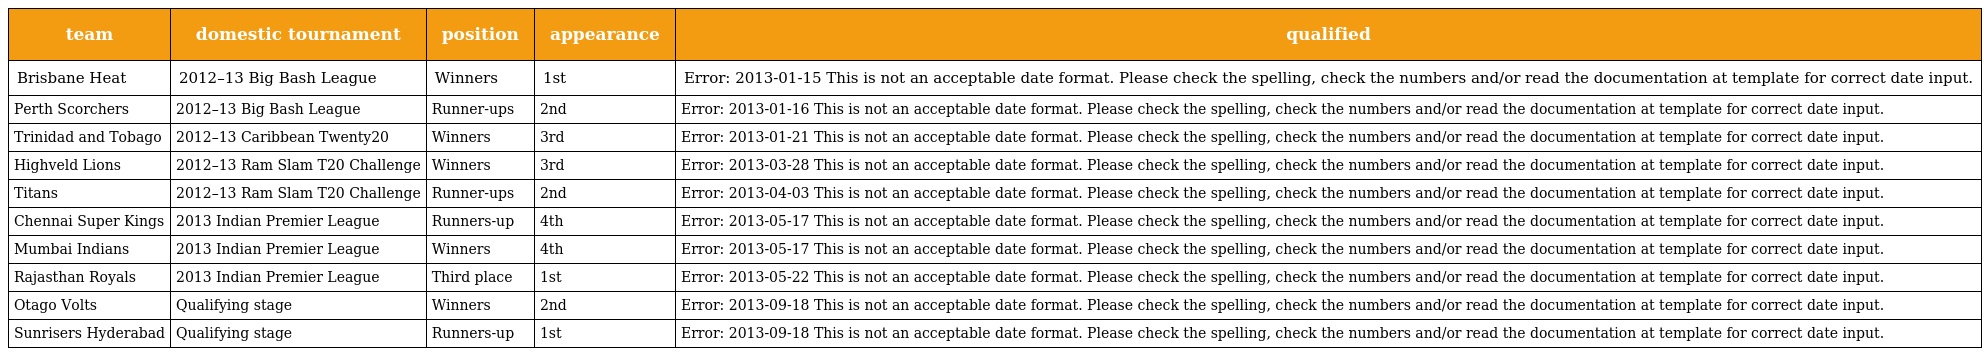
| team | domestic tournament | position | appearance | qualified |
 | --- | --- | --- | --- | --- |
 | Brisbane Heat | 2012–13 Big Bash League | Winners | 1st | Error: 2013-01-15 This is not an acceptable date format. Please check the spelling, check the numbers and/or read the documentation at template for correct date input. |
 | Perth Scorchers | 2012–13 Big Bash League | Runner-ups | 2nd | Error: 2013-01-16 This is not an acceptable date format. Please check the spelling, check the numbers and/or read the documentation at template for correct date input. |
 | Trinidad and Tobago | 2012–13 Caribbean Twenty20 | Winners | 3rd | Error: 2013-01-21 This is not an acceptable date format. Please check the spelling, check the numbers and/or read the documentation at template for correct date input. |
 | Highveld Lions | 2012–13 Ram Slam T20 Challenge | Winners | 3rd | Error: 2013-03-28 This is not an acceptable date format. Please check the spelling, check the numbers and/or read the documentation at template for correct date input. |
 | Titans | 2012–13 Ram Slam T20 Challenge | Runner-ups | 2nd | Error: 2013-04-03 This is not an acceptable date format. Please check the spelling, check the numbers and/or read the documentation at template for correct date input. |
 | Chennai Super Kings | 2013 Indian Premier League | Runners-up | 4th | Error: 2013-05-17 This is not an acceptable date format. Please check the spelling, check the numbers and/or read the documentation at template for correct date input. |
 | Mumbai Indians | 2013 Indian Premier League | Winners | 4th | Error: 2013-05-17 This is not an acceptable date format. Please check the spelling, check the numbers and/or read the documentation at template for correct date input. |
 | Rajasthan Royals | 2013 Indian Premier League | Third place | 1st | Error: 2013-05-22 This is not an acceptable date format. Please check the spelling, check the numbers and/or read the documentation at template for correct date input. |
 | Otago Volts | Qualifying stage | Winners | 2nd | Error: 2013-09-18 This is not an acceptable date format. Please check the spelling, check the numbers and/or read the documentation at template for correct date input. |
 | Sunrisers Hyderabad | Qualifying stage | Runners-up | 1st | Error: 2013-09-18 This is not an acceptable date format. Please check the spelling, check the numbers and/or read the documentation at template for correct date input. |